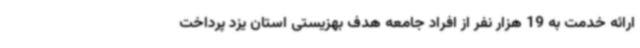
ارائه خدمت به 19 هزار نفر از افراد جامعه هدف بهزیستی استان یزد پرداخت